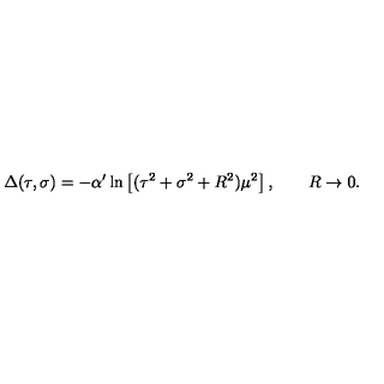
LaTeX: \Delta ( \tau , \sigma ) = - \alpha ^ { \prime } \ln \left[ ( \tau ^ { 2 } + \sigma ^ { 2 } + R ^ { 2 } ) \mu ^ { 2 } \right] , \qquad R \rightarrow 0 .